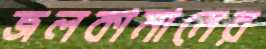
জলকামানের